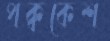
পক্বকেশ